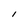
Character: I